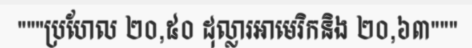
"""ប្រហែល ២០,៥០ ដុល្លារអាមេរិកនិង ២០,៦៣"""